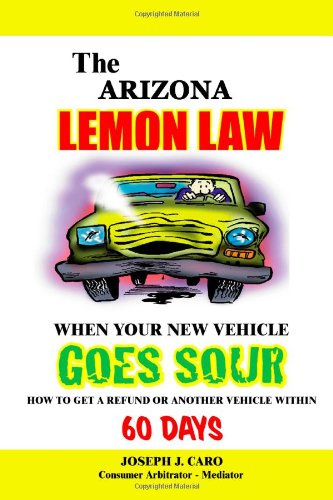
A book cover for The Arizona Lemon Law - When Your New Vehicle Goes Sour (Volume 34); Joseph J. Caro; Law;